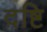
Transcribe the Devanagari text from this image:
द़ष्टि